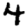
Digit: 4